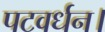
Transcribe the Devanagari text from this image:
पटवर्धन।